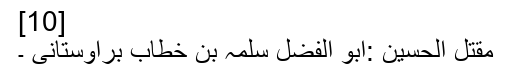
[10]
مقتل الحسین :ابو الفضل سلمہ بن خطاب براوستانی ۔